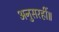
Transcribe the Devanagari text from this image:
अनुसरहीं॥